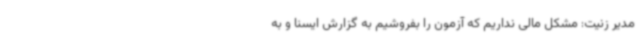
مدیر زنیت: مشکل مالی نداریم که آزمون را بفروشیم به گزارش ایسنا و به